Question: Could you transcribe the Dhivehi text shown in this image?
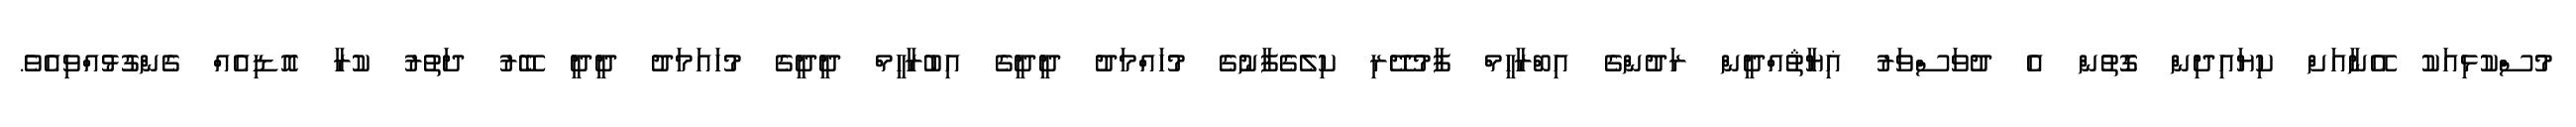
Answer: މުސްކުޅިއަކު އޭނާއަށް ކިޔައިދިން ގޮތުން އެ ދުވަސްވަރު ޣިޔާޘުއްދީން ރަދުންގެ އިބްރާހީމް ފާމުދޭރި ކިލެގެފާނުގެ މުހައްމަދު ދީދީގެ އިބުރާހީމް ދީދީގެ މުހައަމަދު ދީދީ ބޭރު ދަތުރު ކުރާ އޮޑިއެއް ގެންގުޅުއްވިއެވެ.